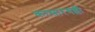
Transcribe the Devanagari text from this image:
कासारगल्ली